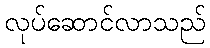
လုပ်ဆောင်လာသည်